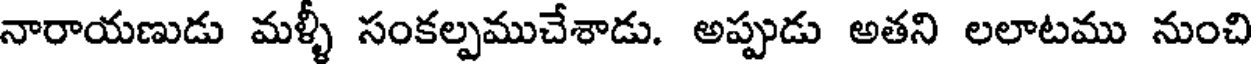
నారాయణుడు మళ్ళీ సంకల్పముచేశాడు. అప్పుడు అతని లలాటము నుంచి